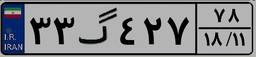
۳۳گ۴۲۷۷۸